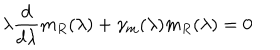
LaTeX: \lambda \frac d { d \lambda } m _ { R } ( \lambda ) + \gamma _ { m } ( \lambda ) m _ { R } ( \lambda ) = 0